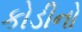
કોડીનો